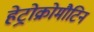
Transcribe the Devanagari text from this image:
हेट्रोक्रोमौटिन